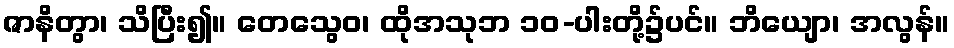
ဇာနိတွာ၊ သိပြီး၍။ တေသွေဝ၊ ထိုအသုဘ ၁၀-ပါးတို့၌ပင်။ ဘိယျော၊ အလွန်။